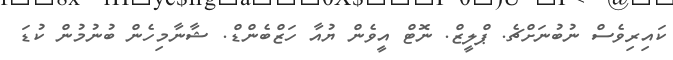
ކައިރިވެސް ނުބުނަށްޗެ. ޕްލީޒް. ނޮޓް އީވެން ޔުއާ ހަޒްބެންޑް. ޝާނާމިހެން ބުނުމުން ކުޑަ